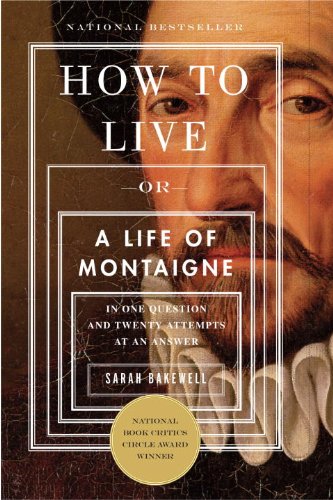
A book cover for How to Live: Or A Life of Montaigne in One Question and Twenty Attempts at an Answer; Sarah Bakewell; Biographies & Memoirs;